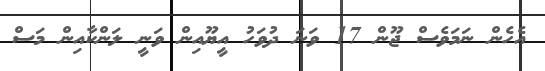
އެހެން ނަމަވެސް ޖޫން 17 ވަނަ ދުވަހު އީޔޫއިން ވަނީ ލަންކާއިން މަސް